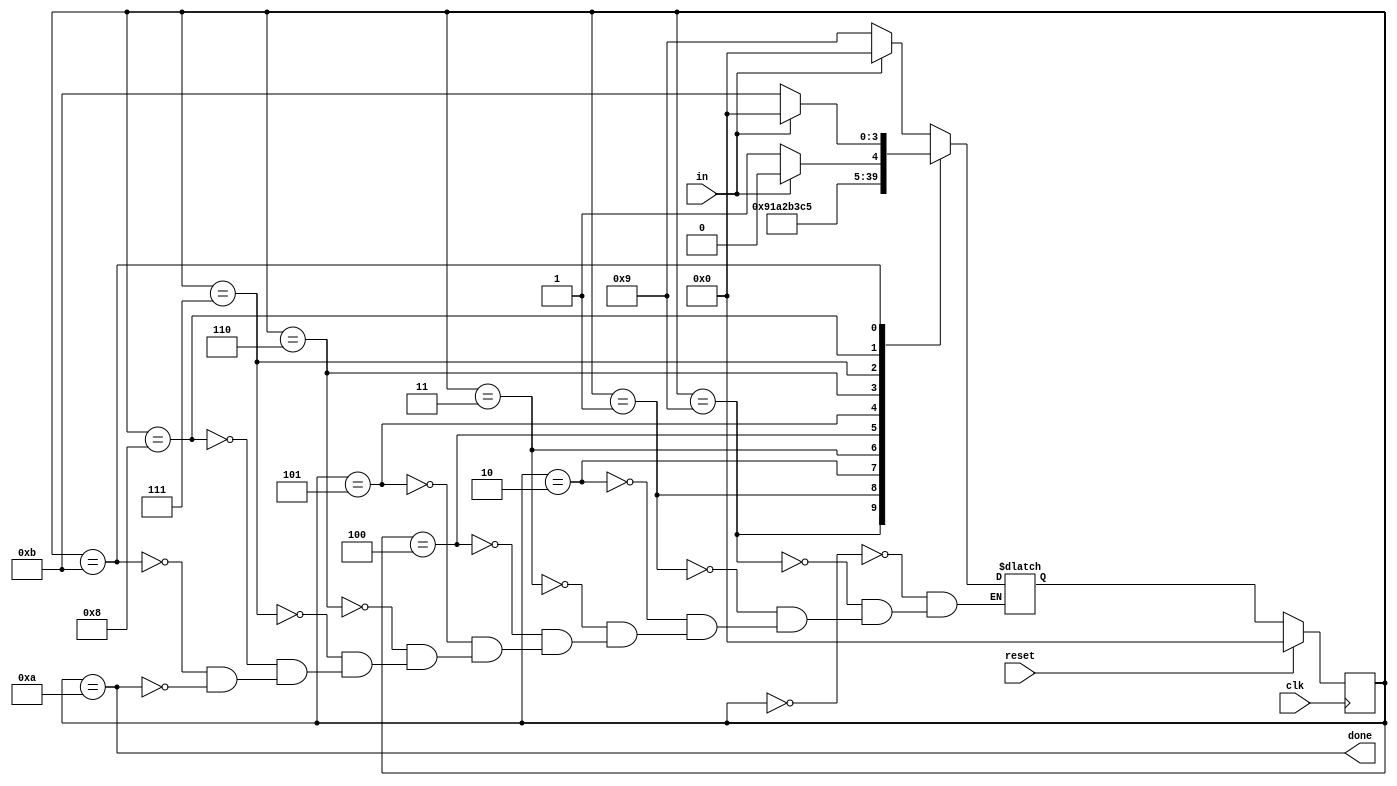
module top_module(
    input clk,
    input in,
    input reset,    // Synchronous reset
    output done
); 
    reg [3:0] state, next_state;
    parameter IDLE=0, S1=1, S2=2, S3=3, S4=4, S5=5, S6=6, S7=7, S8=8, START=9, DONE=10, WAIT=11;
    
    always@(posedge clk)
        begin
            if(reset) state <= IDLE;
            else state <= next_state;
        end
    
    always@(*)
        begin
            case(state)
                IDLE: next_state = in ? IDLE : START;
                START: next_state = S1;
                S1: next_state = S2;
                S2: next_state = S3;
                S3: next_state = S4;
                S4: next_state = S5;
                S5: next_state = S6;
                S6: next_state = S7;
                S7: next_state = S8;
                S8: next_state = in ? DONE : WAIT;
                WAIT: next_state = in ? IDLE : WAIT;
                DONE: next_state = in ? IDLE : START;
            endcase
        end
    
    assign done = (state == DONE);

endmodule